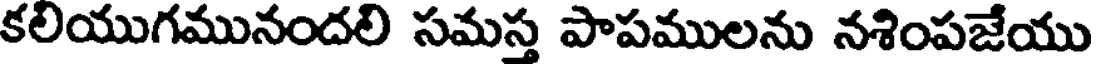
కలియుగమునందలి సమస్త పాపములను నశింపజేయు